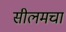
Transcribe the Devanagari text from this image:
सीलमचा